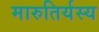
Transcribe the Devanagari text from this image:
मारुतिर्यस्य